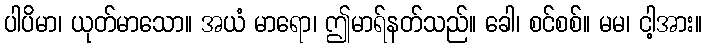
ပါပိမာ၊ ယုတ်မာသော။ အယံ မာရော၊ ဤမာရ်နတ်သည်။ ခေါ၊ စင်စစ်။ မမ၊ ငါ့အား။